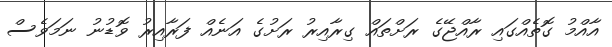
އާއްމު ގޮތެއްގައި ރާއްޖޭގެ ރަށްތައް ގިރާއިރު ރަށުގެ އަނެއް ފަރާއިރު ވޮޑުނު ނަމަވެސް